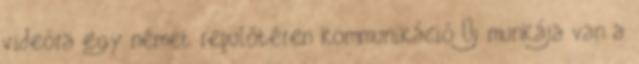
videóra egy német repülőtéren kommunikáció Új munkája van a